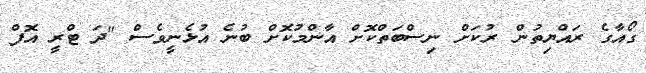
ގޯއާގެ ރައްޔިތުން ރުކަށް ނިސްބަތްކޮށް އާންމުކޮށް ބުނެ އުޅެނީވެސް "ދަ ޓްރީ އޮފް